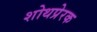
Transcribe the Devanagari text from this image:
शोथप्रेरक